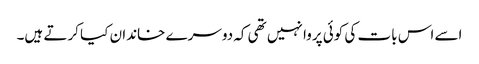
اسے اس بات کی کوئی پروا نہیں تھی کہ دوسرے خاندان کیا کرتے ہیں۔